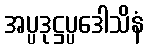
အပ္ပဒုဋ္ဌပ္ပဒေါသိနံ